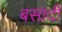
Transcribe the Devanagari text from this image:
बसादी